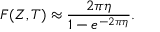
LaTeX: F ( Z , T ) \approx { \frac { 2 \pi \eta } { 1 - e ^ { - 2 \pi \eta } } } .